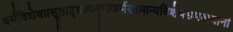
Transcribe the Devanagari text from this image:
धर्मविशेषप्रसूताद्द्रव्यगुणकर्मसामान्यविशेषसमवायानां